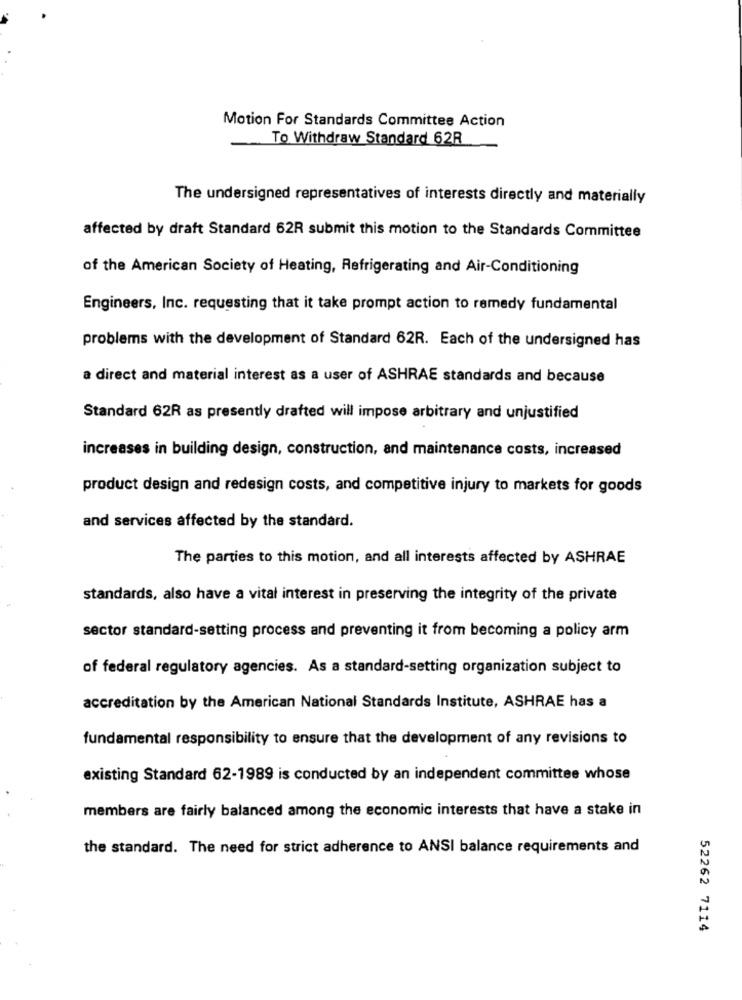
Motion For Standards Committee Action
To Withdraw Standard 62R
The undersigned representatives of interests directly and materially
affected by draft Standard 62R submit this motion to the Standards Committee
of the American Society of Heating, Refrigerating and Air-Conditioning
Engineers, Inc. requesting that it take prompt action to remedy fundamental
problems with the development of Standard 62R. Each of the undersigned has
a direct and material interest as a user of ASHRAE standards and because
Standard 62R as presently drafted will impose arbitrary and unjustified
increases in building design, construction, and maintenance costs, increased
product design and redesign costs, and competitive injury to markets for goods
and services affected by the standard.
The parties to this motion, and all interests affected by ASHRAE
standards, also have a vital interest in preserving the integrity of the private
sector standard-setting process and preventing it from becoming a policy arm
of federal regulatory agencies. As a standard-setting organization subject to
accreditation by the American National Standards Institute, ASHRAE has a
fundamental responsibility to ensure that the development of any revisions to
existing Standard 62-1989 is conducted by an independent committee whose
members are fairly balanced among the economic interests that have a stake in
the standard. The need for strict adherence to ANSI balance requirements and
52262 7114